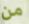
من